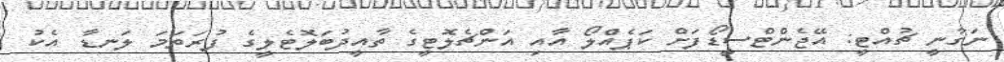
ނަގާނީ ޗުއްޓީ: އޭޖެންޓްސީޑޯފަށް ކަޕެއްލޯ އާއި އަންޗެލޮޓީގެ ތާއީދުބަލޮޓެލީގެ ފުރަތަމަ ލަނޑާ އެކު